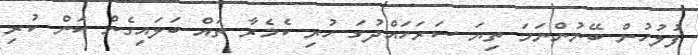
ފުލުހުން ބޭނުންނަމަ ތިޔަ ސަރަހައްދުގަ ހުރި ކެމެރާ ތައް ބަލައިގެން ކަން ކުރި